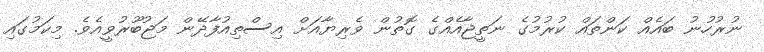
ނުރުހުނު ބައެއް ކަންތައް ކުރުމުގެ ނަތީޖާއެއްގެ ގޮތުން ވެރިޔާއަށް އިސްތިއުފާދޭން މަޖުބޫރުވީއެވެ. މިކަމުގައި